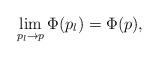
LaTeX: \begin{align*}\lim_{p_l\rightarrow p}\Phi(p_l)=\Phi(p),\end{align*}